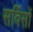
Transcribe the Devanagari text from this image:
सर्विसों